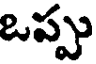
ఒప్పు